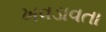
ખવડાવતા